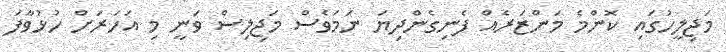
މަޖިލީހުގައި ކޮންމެ މަންޒަރެއް ފެނިގެންދިޔަ ނަމަވެސް މަޖިލިސް ވަނީ މި އަހަރަށް ހުޅުވާފަ